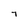
Character: 7